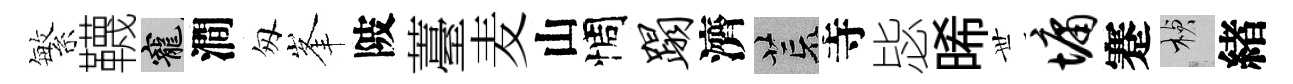
繁韈寵澗匆峯陂薹麦山惆蹋濟荒寺毖晞𠀍墉蹇楨緖